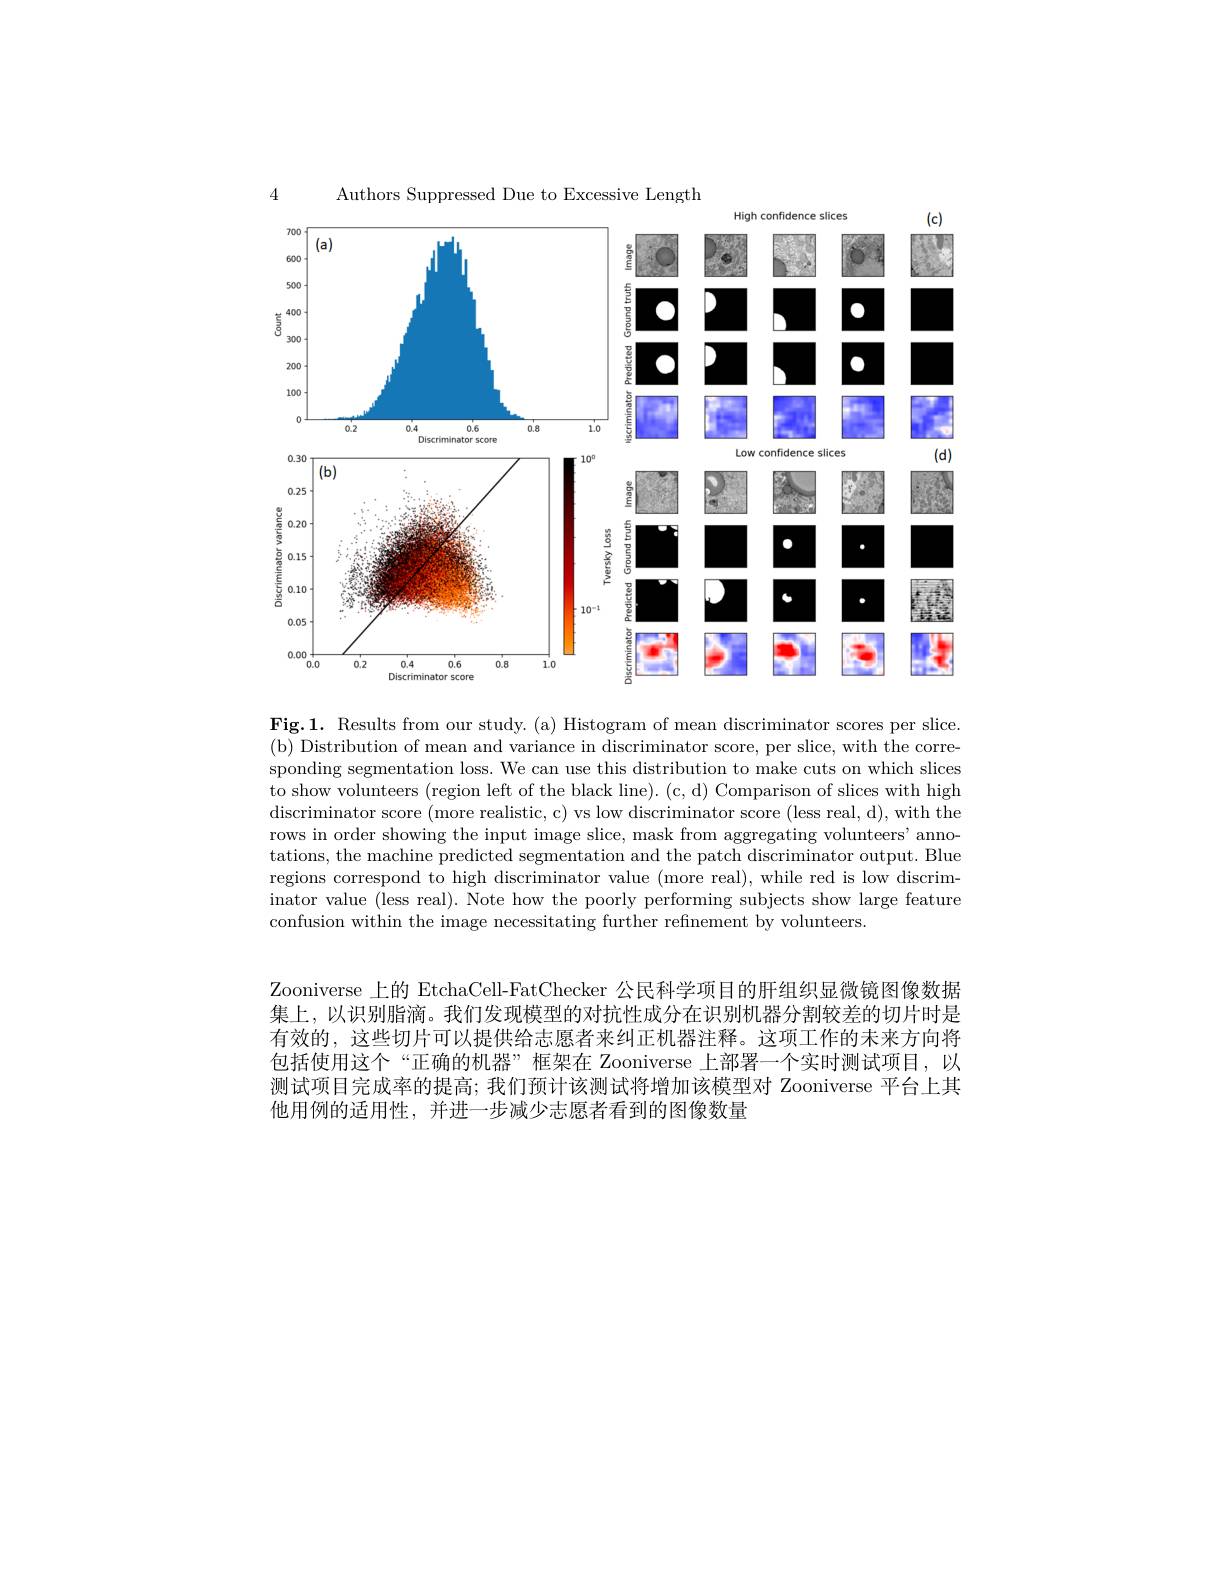
Authors Suppressed Due to Excessive Length

4

<FigureHere>

confidence slices

Fig.1. Results from our study. (a) Histogram of mean discriminator scores per slice. (b) Distribution of mean and variance in discriminator score, per slice, with the corresponding segmentation loss. We can use this distribution to make cuts on which slices to show volunteers (region left of the black line). (c, d) Comparison of slices with high discriminator score (more realistic, c) vs low discriminator score (less real, d), with the rows in order showing the input image slice, mask from aggregating volunteers' annotations, the machine predicted segmentation and the patch discriminator output. Blue regions correspond to high discriminator value (more real), while red is low discriminator value (less real). Note how the poorly performing subjects show large feature confusion within the image necessitating further refnement by volunteers.

Zooniverse 上的 EtchaCell-FatChecker 公民科学项目的肝组织显微镜图像数据集上，以识别脂滴。我们发现模型的对抗性成分在识别机器分割较差的切片时是有效的，这些切片可以提供给志愿者来纠正机器注释。这项工作的未来方向将包括使用这个“正确的机器”框架在 Zooniverse 上部署一个实时测试项目，以测试项目完成率的提高；我们预计该测试将增加该模型对 Zooniverse 平台上其他用例的适用性，并进一步减少志愿者看到的图像数量